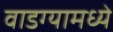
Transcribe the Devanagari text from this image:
वाडग्यामध्ये